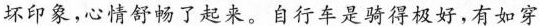
坏印象，心情舒畅了起来。\underline{自行车是骑得极好，有如穿}